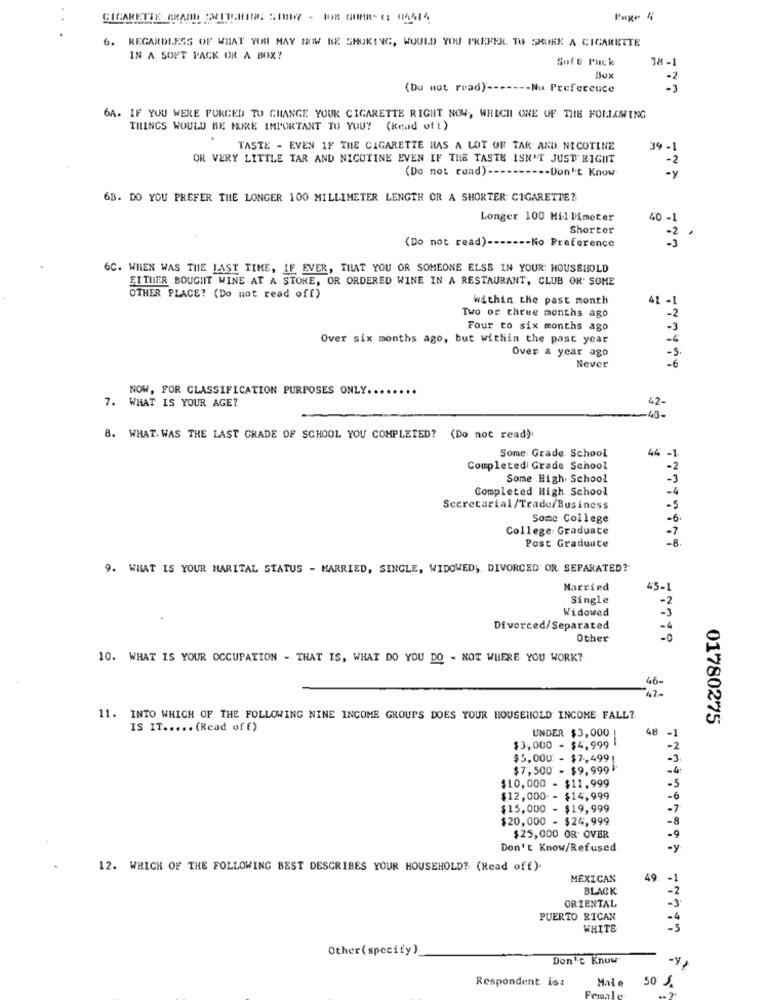
Page 4
.
6. REGARDLESS OF WHAT YOU MAY NOW BE SHUKING, WOULD YOU PREFER. TU SKUKE A CIGARETTE
IN A SOFT PACK OR A BOX?
Soft Puck
38 -1
Bux
-2
(Du not read) ------- Nu. Preference
-3
6A. IF YOU WERE FORCED TO CHANGE YOUR CIGARETTE RIGHT NOW, WHICH ONE OF THE FOLLOWING
THINGS WOULD BE MORE IMPORTANT TO YOU? (Kead of t)
TASTE - EVEN IF THE CIGARETTE HAS A LOT OF TAR AND NICOTINE
39 -1
OR VERY LITTLE TAR AND NICOTINE EVEN IF THE TASTE ISN'T JUST RIGHT
- 2
(Do not read) ---------- Don't Know
- y
6B. DO YOU PREFER THE LONGER 100 MILLIMETER LENGTH OR A SHORTER: CIGARETTE?
Longer 100 Millimeter
40 -1
Shorter
(Do not read)-
-- Ko Preference
6C. WHEN WAS THE LAST TIME, IF EVER, THAT YOU OR SOMEONE ELSE IN YOUR: HOUSEHOLD
EITHER BOUGHT WINE AT A STORE, OR ORDERED WINE IN A RESTAURANT, CLUB OR' SOME
OTHER PLACE? (Do not read off)
within the past month
41 -1
Two or three months ago
-2
Four to six months ago
-3
Over six months ago, but within the past year
-4
Over a year ago
Never
-6
NOW, FOR CLASSIFICATION PURPOSES ONLY.
7. WHAT IS YOUR AGE?
42-
43-
8. WHAT. WAS THE LAST GRADE OF SCHOOL YOU COMPLETED? (Do not read):
Some: Grade School
44 -
Completed Grade School
Some High School
-3
Completed High School
-4
Secretarial/Trade/Business
-5
Some College
-6.
College Graduate
-8
Post Graduate
9. WHAT IS YOUR MARITAL STATUS - MARRIED, SINGLE, WIDOWED ,, DIVORCED OR SEPARATED?"
Married
45-1
Single
-2
Widowed
Divorced/Separated
-4
Other
-0
10. WHAT IS YOUR OCCUPATION - THAT IS, WHAT DO YOU DO - NOT WHERE YOU WORK?
46-
11. INTO WHICH OF THE FOLLOWING NINE INCOME GROUPS DOES YOUR HOUSEHOLD INCOME FALL?
01780275
IS IT ..... (Read off)
48
UNDER $3,000 |
$3,000 - $4,999
$5,000 - $7,4991
$7,500 - $9.999
$10,000 - $11,999
$12,000 -- $14,999
-6
$15,000 - $19,999
$20,000 - $24,999
$25,000 OR OVER
Don't Know/Refused
-y
12. WHICH OF THE FOLLOWING BEST DESCRIBES YOUR HOUSEHOLD? (Read off).
MEXICAN
49
BLACK
ORIENTAL
PUERTO RICAN
WHITE
Other( specify)
Don't Know
Respondent is:
Mai e
50 S.
Female